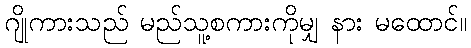
ဂျိုကားသည် မည်သူ့စကားကိုမျှ နား မထောင်။